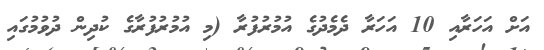
އަށް އަހަރާއި 10 އަހަރާ ދެމެދުގެ އުމުރުފުރާ (މި އުމުރުފުރާގެ ކުދިން ދުވުމުގައި